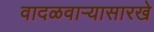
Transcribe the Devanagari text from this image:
वादळवाऱ्यासारखे